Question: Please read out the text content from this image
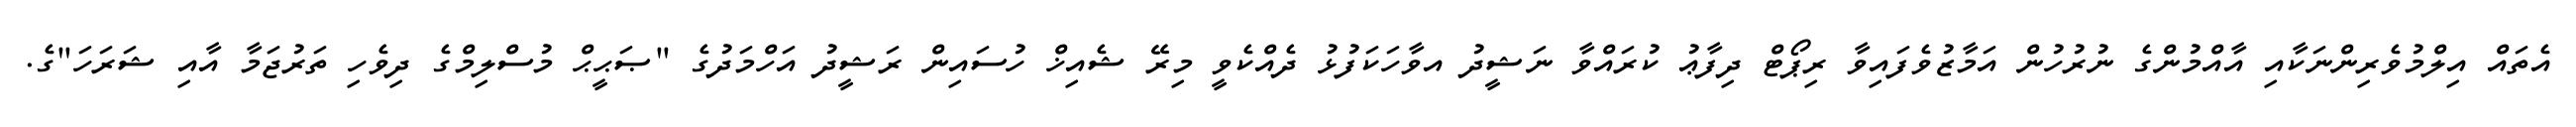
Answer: އެތައް އިލްމުވެރިންނަކާއި އާއްމުންގެ ނުރުހުން އަމާޒުވެފައިވާ ރިޕޯޓް ދިފާޢު ކުރައްވާ ނަޝީދު އވާހަކަފުޅު ދެއްކެވީ މިރޭ ޝެއިޚް ހުސައިން ރަޝީދު އަހްމަދުގެ "ޞަޙީޙް މުސްލިމްގެ ދިވެހި ތަރުޖަމާ އާއި ޝަރަހަ"ގެ.